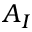
A _ { I }